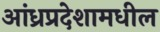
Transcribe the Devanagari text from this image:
आंध्रप्रदेशामधील